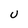
Character: U